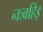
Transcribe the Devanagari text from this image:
नःबहिइ